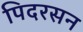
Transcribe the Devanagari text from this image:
पिदरसन